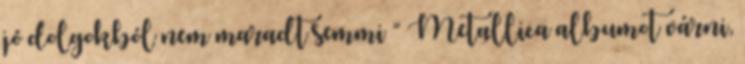
jó dolgokból nem maradt semmi ” Metallica albumot várni,